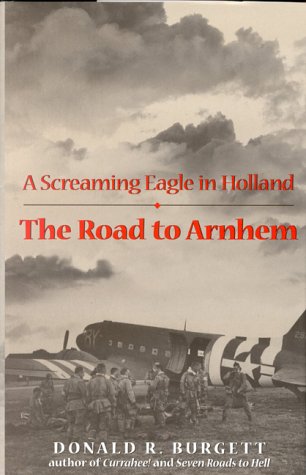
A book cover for The Road to Arnhem: A Screaming Eagle in Holland; Donald Burgett; History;